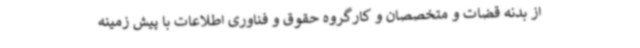
از بدنه قضات و متخصصان و کارگروه حقوق و فناوری اطلاعات با پیش زمینه